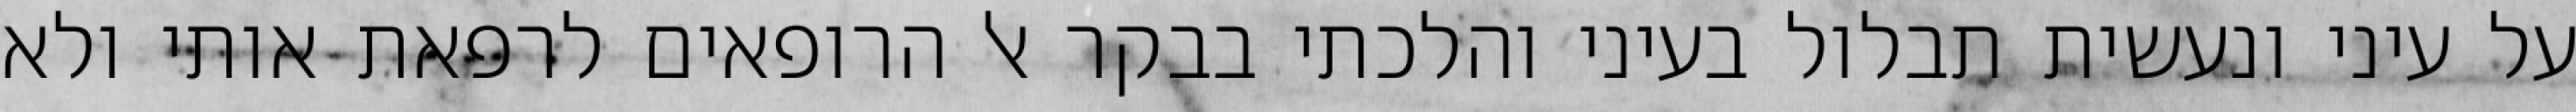
על עיני ונעשית תבלול בעיני והלכתי בבקר אל הרופאים לרפאת אותי ולא